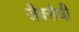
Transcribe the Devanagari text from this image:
जैवरोधी